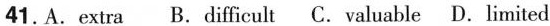
41. A. extra B. difficul tC. valuable D. limited